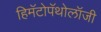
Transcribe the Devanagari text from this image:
हिमॅटोपॅथोलॉजी